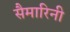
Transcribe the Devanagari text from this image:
सैमारिनी